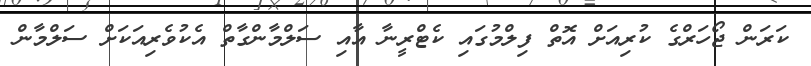
ކަރަން ޖޯހަރްގެ ކުރިއަށް އޮތް ފިލްމުގައި ކެޓްރީނާ އާއި ސަލްމާންގާތް އެކުވެރިއަކަށް ސަލްމާން